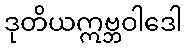
ဒုတိယဣဗ္ဘဝါဒေါ